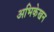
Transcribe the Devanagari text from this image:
अभिकेखन